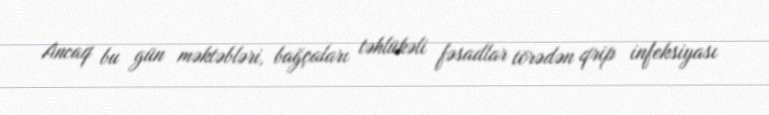
Ancaq bu gün məktəbləri, bağçaları təhlükəli fəsadlar törədən qrip infeksiyası